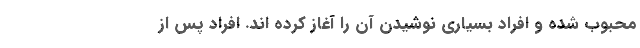
محبوب شده و افراد بسیاری نوشیدن آن را آغاز کرده اند. افراد پس از